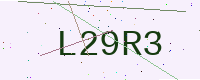
Text: L29R3